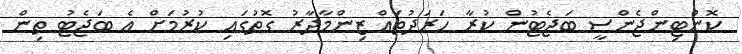
ކޮންޓިންޖެންސީ ބަޖެޓުން ކުރާ ހަރަދުތައް ޒިންމާދާރު ގޮތުގައި ކުރުމަށް އެ ބަޖެޓު ތިން